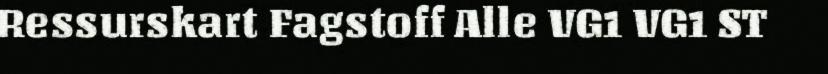
Ressurskart Fagstoff Alle VG1 VG1 ST